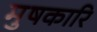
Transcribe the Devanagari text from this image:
मुषकारि